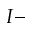
I -